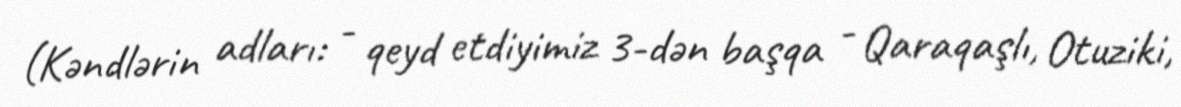
(Kəndlərin adları: - qeyd etdiyimiz 3-dən başqa - Qaraqaşlı, Otuziki,